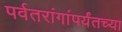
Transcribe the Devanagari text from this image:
पर्वतरांगांपर्यंतच्या